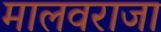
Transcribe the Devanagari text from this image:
मालवराजा